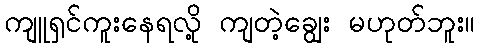
ကျူရှင်ကူးနေရလို့ ကျတဲ့ချွေး မဟုတ်ဘူး။